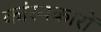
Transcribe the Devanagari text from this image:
कांस्यकारों